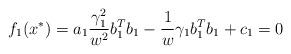
LaTeX: \begin{align*} f_{1}(x^{*})=a_{1}\frac{\gamma_{1}^{2}}{w^{2}}b^{T}_{1}b_{1}-\frac{1}{w}\gamma_{1}b_{1}^{T} b_{1}+c_{1}=0\end{align*}